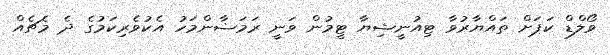
ވޯލްޑް ކަޕަށް ތައްޔާރުވާ ޓިއުނީޝިޔާ ޓީމުން ވަނީ ރަމަޟާންމަހު އެކުވެރިކަމުގެ ދެ މެޗެއް